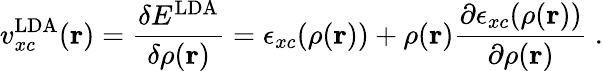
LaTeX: v_{xc}^{\mathrm{LDA}}(\mathbf{r})={\frac{\delta E^{\mathrm{LDA}}}{\delta\rho(\mathbf{r})}}=\epsilon_{xc}(\rho(\mathbf{r}))+\rho(\mathbf{r}){\frac{\partial\epsilon_{xc}(\rho(\mathbf{r}))}{\partial\rho(\mathbf{r})}}\ .